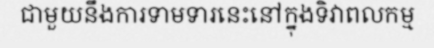
ជាមួយនឹងការទាមទារនេះនៅក្នុងទិវាពលកម្ម